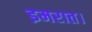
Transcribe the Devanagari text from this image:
इमरात।